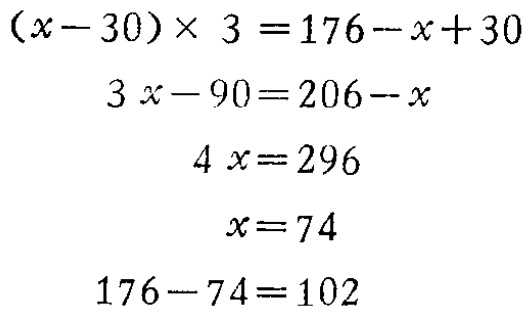
\[

\begin{align*}

(x - 30)\times3&=176 - x + 30\\

3x-90&=206 - x\\

4x&=296\\

x&=74\\

176 - 74&=102

\end{align*}

\]